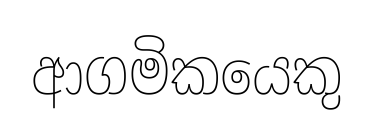
ආගමිකයෙකු